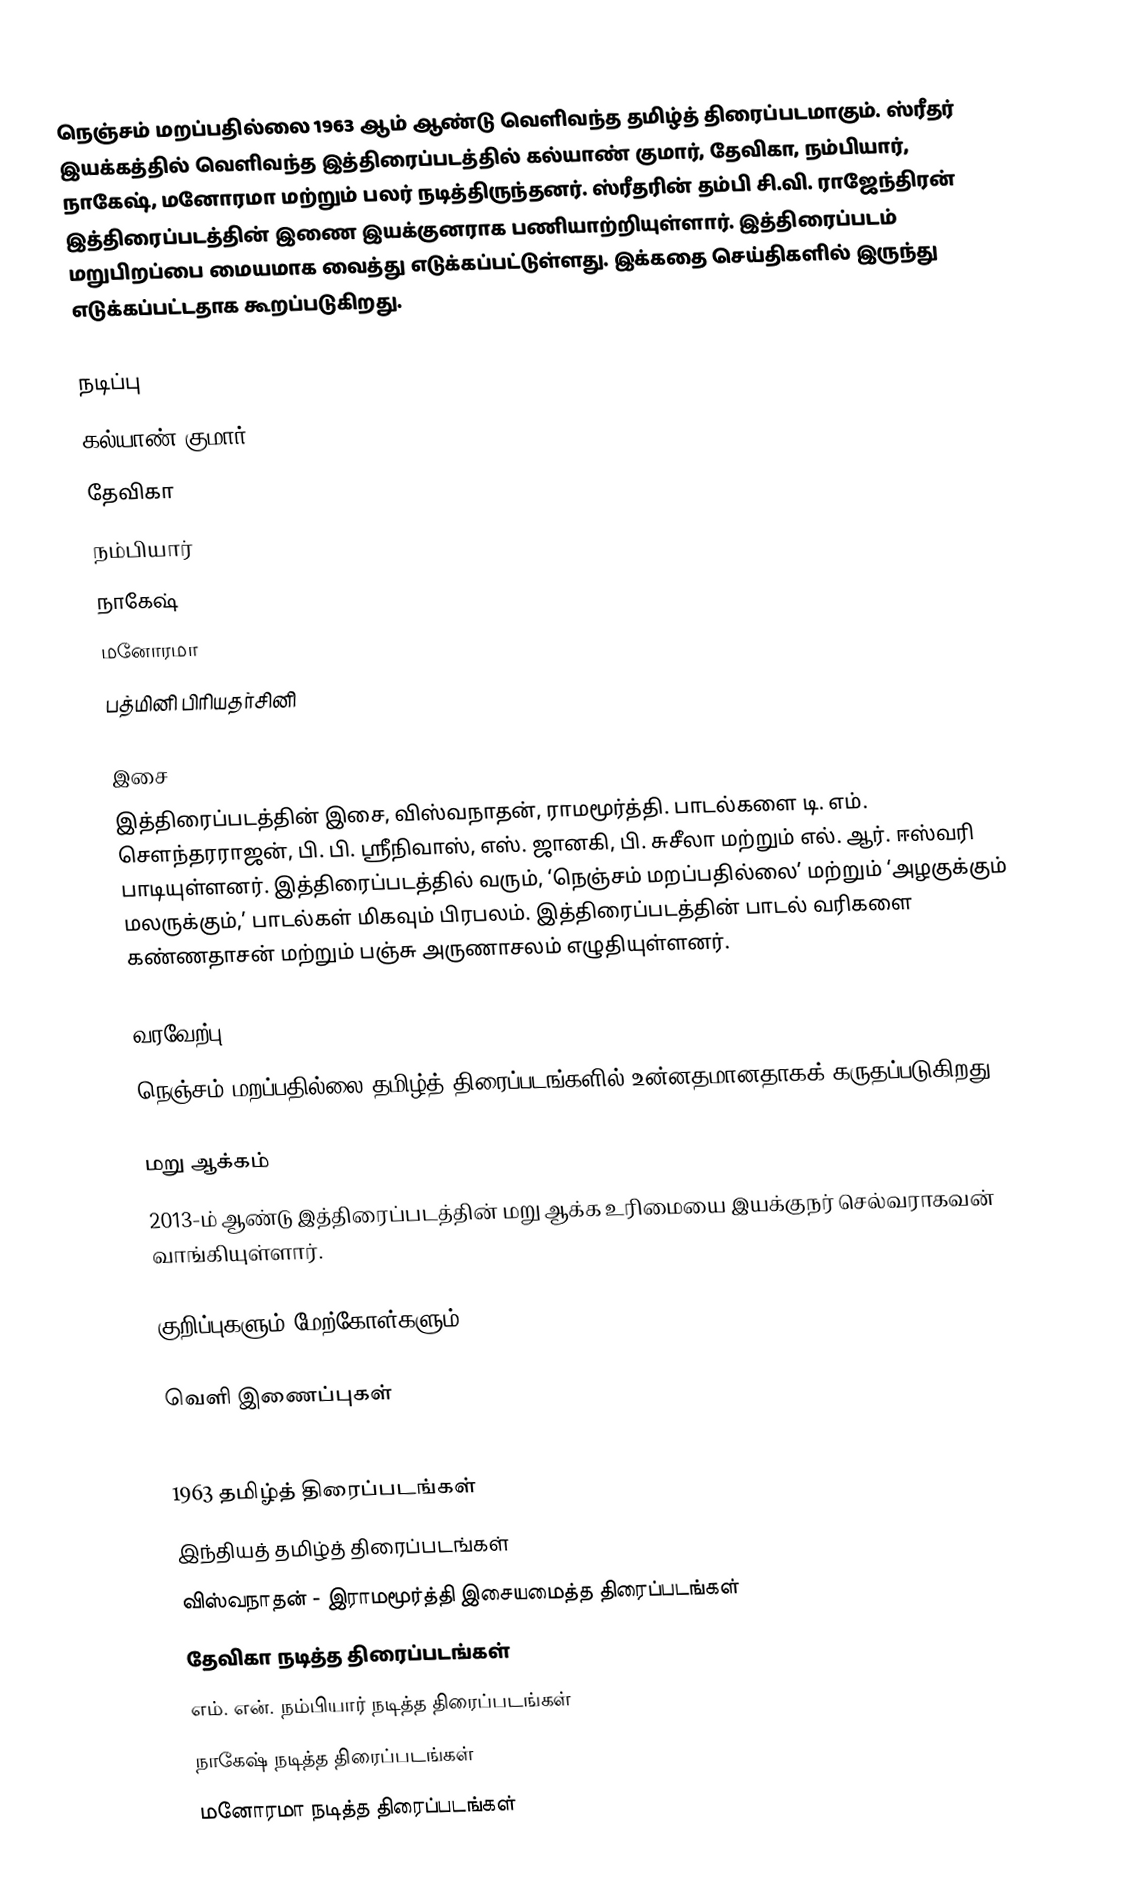
நெஞ்சம் மறப்பதில்லை 1963 ஆம் ஆண்டு வெளிவந்த தமிழ்த் திரைப்படமாகும். ஸ்ரீதர் இயக்கத்தில் வெளிவந்த இத்திரைப்படத்தில் கல்யாண் குமார், தேவிகா, நம்பியார், நாகேஷ், மனோரமா மற்றும் பலர் நடித்திருந்தனர். ஸ்ரீதரின் தம்பி சி.வி. ராஜேந்திரன் இத்திரைப்படத்தின் இணை இயக்குனராக பணியாற்றியுள்ளார். இத்திரைப்படம் மறுபிறப்பை மையமாக வைத்து எடுக்கப்பட்டுள்ளது. இக்கதை செய்திகளில் இருந்து எடுக்கப்பட்டதாக கூறப்படுகிறது.

நடிப்பு
 கல்யாண் குமார்
 தேவிகா
 நம்பியார்
 நாகேஷ்
 மனோரமா
 பத்மினி பிரியதர்சினி

இசை
இத்திரைப்படத்தின் இசை, விஸ்வநாதன், ராமமூர்த்தி. பாடல்களை டி. எம். சௌந்தரராஜன், பி. பி. ஸ்ரீநிவாஸ், எஸ். ஜானகி, பி. சுசீலா மற்றும் எல். ஆர். ஈஸ்வரி பாடியுள்ளனர். இத்திரைப்படத்தில் வரும், ‘நெஞ்சம் மறப்பதில்லை’ மற்றும் ‘அழகுக்கும் மலருக்கும்,’ பாடல்கள் மிகவும் பிரபலம். இத்திரைப்படத்தின் பாடல் வரிகளை கண்ணதாசன் மற்றும் பஞ்சு அருணாசலம் எழுதியுள்ளனர்.

வரவேற்பு
நெஞ்சம் மறப்பதில்லை தமிழ்த் திரைப்படங்களில் உன்னதமானதாகக் கருதப்படுகிறது.

மறு ஆக்கம்
2013-ம் ஆண்டு இத்திரைப்படத்தின் மறு ஆக்க உரிமையை இயக்குநர் செல்வராகவன் வாங்கியுள்ளார்.

குறிப்புகளும் மேற்கோள்களும்

வெளி இணைப்புகள்

1963 தமிழ்த் திரைப்படங்கள்
இந்தியத் தமிழ்த் திரைப்படங்கள்
விஸ்வநாதன் - இராமமூர்த்தி இசையமைத்த திரைப்படங்கள்
தேவிகா நடித்த திரைப்படங்கள்
எம். என். நம்பியார் நடித்த திரைப்படங்கள்
நாகேஷ் நடித்த திரைப்படங்கள்
மனோரமா நடித்த திரைப்படங்கள்